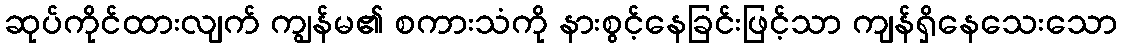
ဆုပ်ကိုင်ထားလျက် ကျွန်မ၏ စကားသံကို နားစွင့်နေခြင်းဖြင့်သာ ကျန်ရှိနေသေးသော